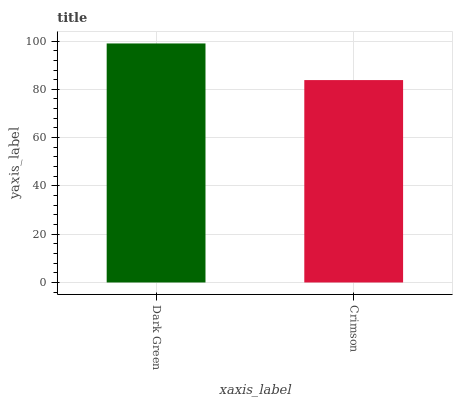
| xaxis_label | bars |
 | --- | --- |
 | Dark Green | 99 |
 | Crimson | 83.8 |